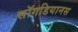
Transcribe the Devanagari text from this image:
सॉगडियानस